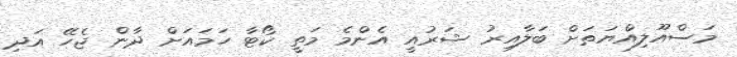
މަސްއޫލިއްޔަތަށް ބަލާއިރު ޝަރުއީ އެންމެ މަތީ ކޯޓާ ހަމައަށް ދާން ޖެހޭ އަދި